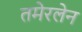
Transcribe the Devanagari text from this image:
तमेरलेन